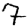
Digit: 7